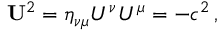
{ \mathbf { U } } ^ { 2 } = \eta _ { \nu \mu } U ^ { \nu } U ^ { \mu } = - c ^ { 2 } \, ,